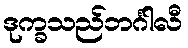
ဒုက္ခသည်ဘင်္ဂါလီ